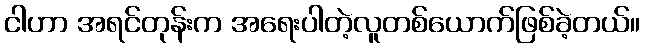
ငါဟာ အရင်တုန်းက အရေးပါတဲ့လူတစ်ယောက်ဖြစ်ခဲ့တယ်။